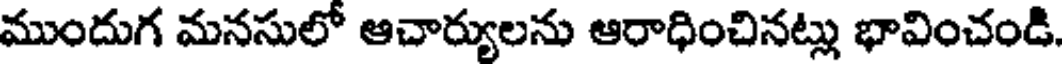
ముందుగ మనసులో ఆచార్యులను ఆరాధించినట్లు భావించండి